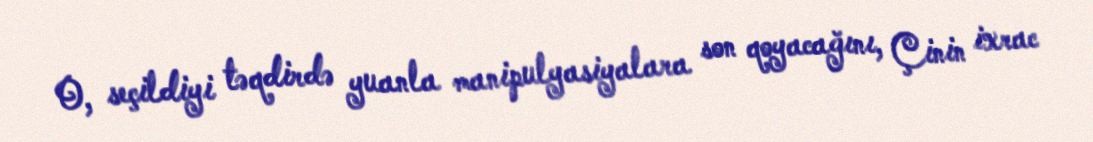
O, seçildiyi təqdirdə yuanla manipulyasiyalara son qoyacağını, Çinin ixrac